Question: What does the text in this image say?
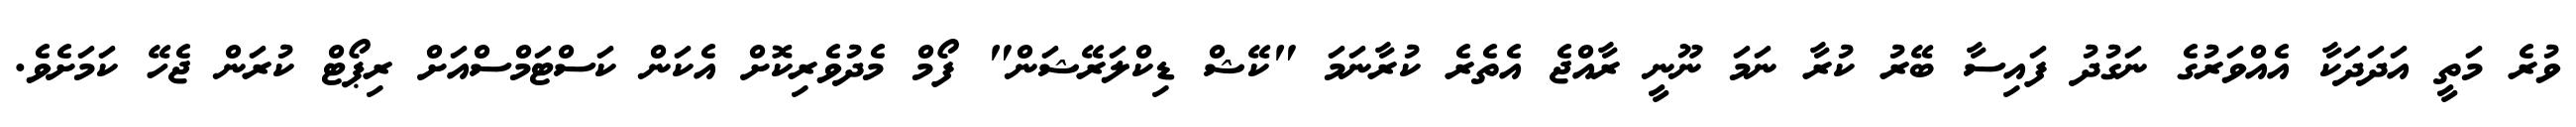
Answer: ވުރެ މަތީ އަދަދަކާ އެއްވަރުގެ ނަގުދު ފައިސާ ބޭރު ކުރާ ނަމަ ނޫނީ ރާއްޖެ އެތެރެ ކުރާނަމަ "ކޭޝް ޑިކްލަރޭޝަން" ފޯމް މެދުވެރިކޮށް އެކަން ކަސްޓަމްސްއަށް ރިޕޯޓް ކުރަން ޖެހޭ ކަމަށެވެ.